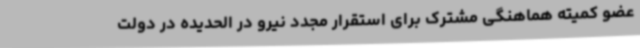
عضو کمیته هماهنگی مشترک برای استقرار مجدد نیرو در الحدیده در دولت